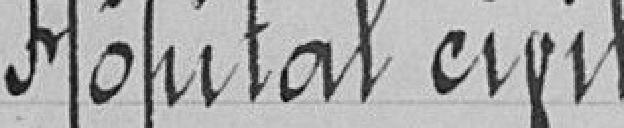
Hôpital civil